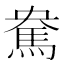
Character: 𩢥